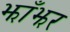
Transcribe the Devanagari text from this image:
झाँझर